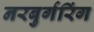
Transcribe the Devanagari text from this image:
नरबुर्गरिंग